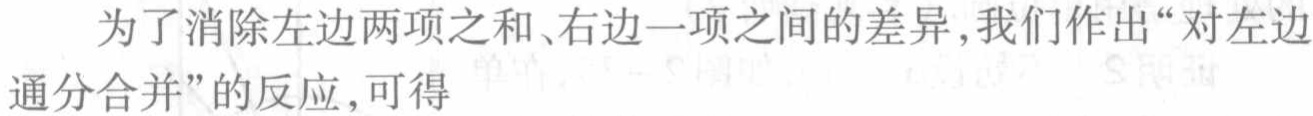
为了消除左边两项之和、右边一项之间的差异,我们作出“对左边通分合并”的反应,可得